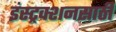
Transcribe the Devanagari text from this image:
इंस्ट्रक्शनसाठी